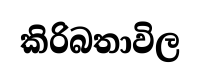
කිරිබතාවිල